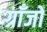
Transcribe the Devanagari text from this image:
ग्राँजों